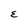
Character: E